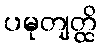
ပမုတျတ္ထိ